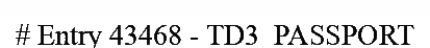
# Entry 43468 - TD3_PASSPORT